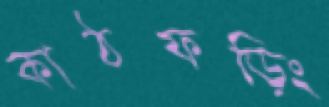
কাঠফড়িং